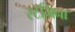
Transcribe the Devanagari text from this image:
स्टॅमिना